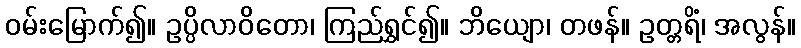
ဝမ်းမြောက်၍။ ဥပ္ပိလာဝိတော၊ ကြည်ရွှင်၍။ ဘိယျော၊ တဖန်။ ဥတ္တရိံ၊ အလွန်။